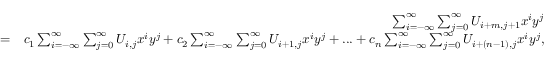
\begin{array} { r l r } & { } & { \sum _ { i = - \infty } ^ { \infty } \sum _ { j = 0 } ^ { \infty } U _ { i + m , j + 1 } x ^ { i } y ^ { j } } \\ & { = } & { c _ { 1 } \sum _ { i = - \infty } ^ { \infty } \sum _ { j = 0 } ^ { \infty } U _ { i , j } x ^ { i } y ^ { j } + c _ { 2 } \sum _ { i = - \infty } ^ { \infty } \sum _ { j = 0 } ^ { \infty } U _ { i + 1 , j } x ^ { i } y ^ { j } + . . . + c _ { n } \sum _ { i = - \infty } ^ { \infty } \sum _ { j = 0 } ^ { \infty } U _ { i + ( n - 1 ) , j } x ^ { i } y ^ { j } , } \end{array}